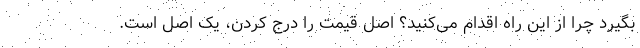
بگیرد چرا از این راه اقدام می‌کنید؟ اصل قیمت را درج کردن، یک اصل است.